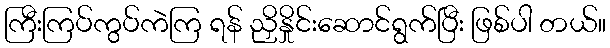
ကြီးကြပ်ကွပ်ကဲကြ ရန် ညှိနှိုင်းဆောင်ရွက်ပြီး ဖြစ်ပါ တယ်။